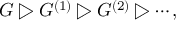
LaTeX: G \triangleright G ^ { ( 1 ) } \triangleright G ^ { ( 2 ) } \triangleright \cdots ,